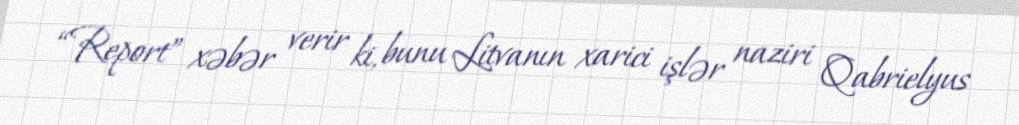
“Report” xəbər verir ki, bunu Litvanın xarici işlər naziri Qabrielyus